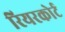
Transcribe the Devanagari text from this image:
रियरकोर्ट